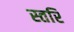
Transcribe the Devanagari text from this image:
स्तरि